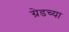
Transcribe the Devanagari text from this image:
ग्रेडच्या